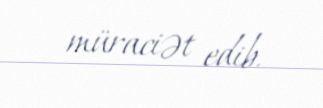
müraciət edib.